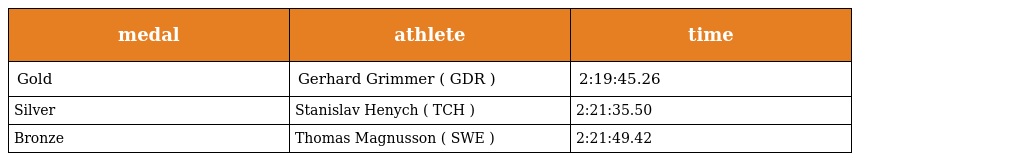
| medal | athlete | time |
 | --- | --- | --- |
 | Gold | Gerhard Grimmer ( GDR ) | 2:19:45.26 |
 | Silver | Stanislav Henych ( TCH ) | 2:21:35.50 |
 | Bronze | Thomas Magnusson ( SWE ) | 2:21:49.42 |